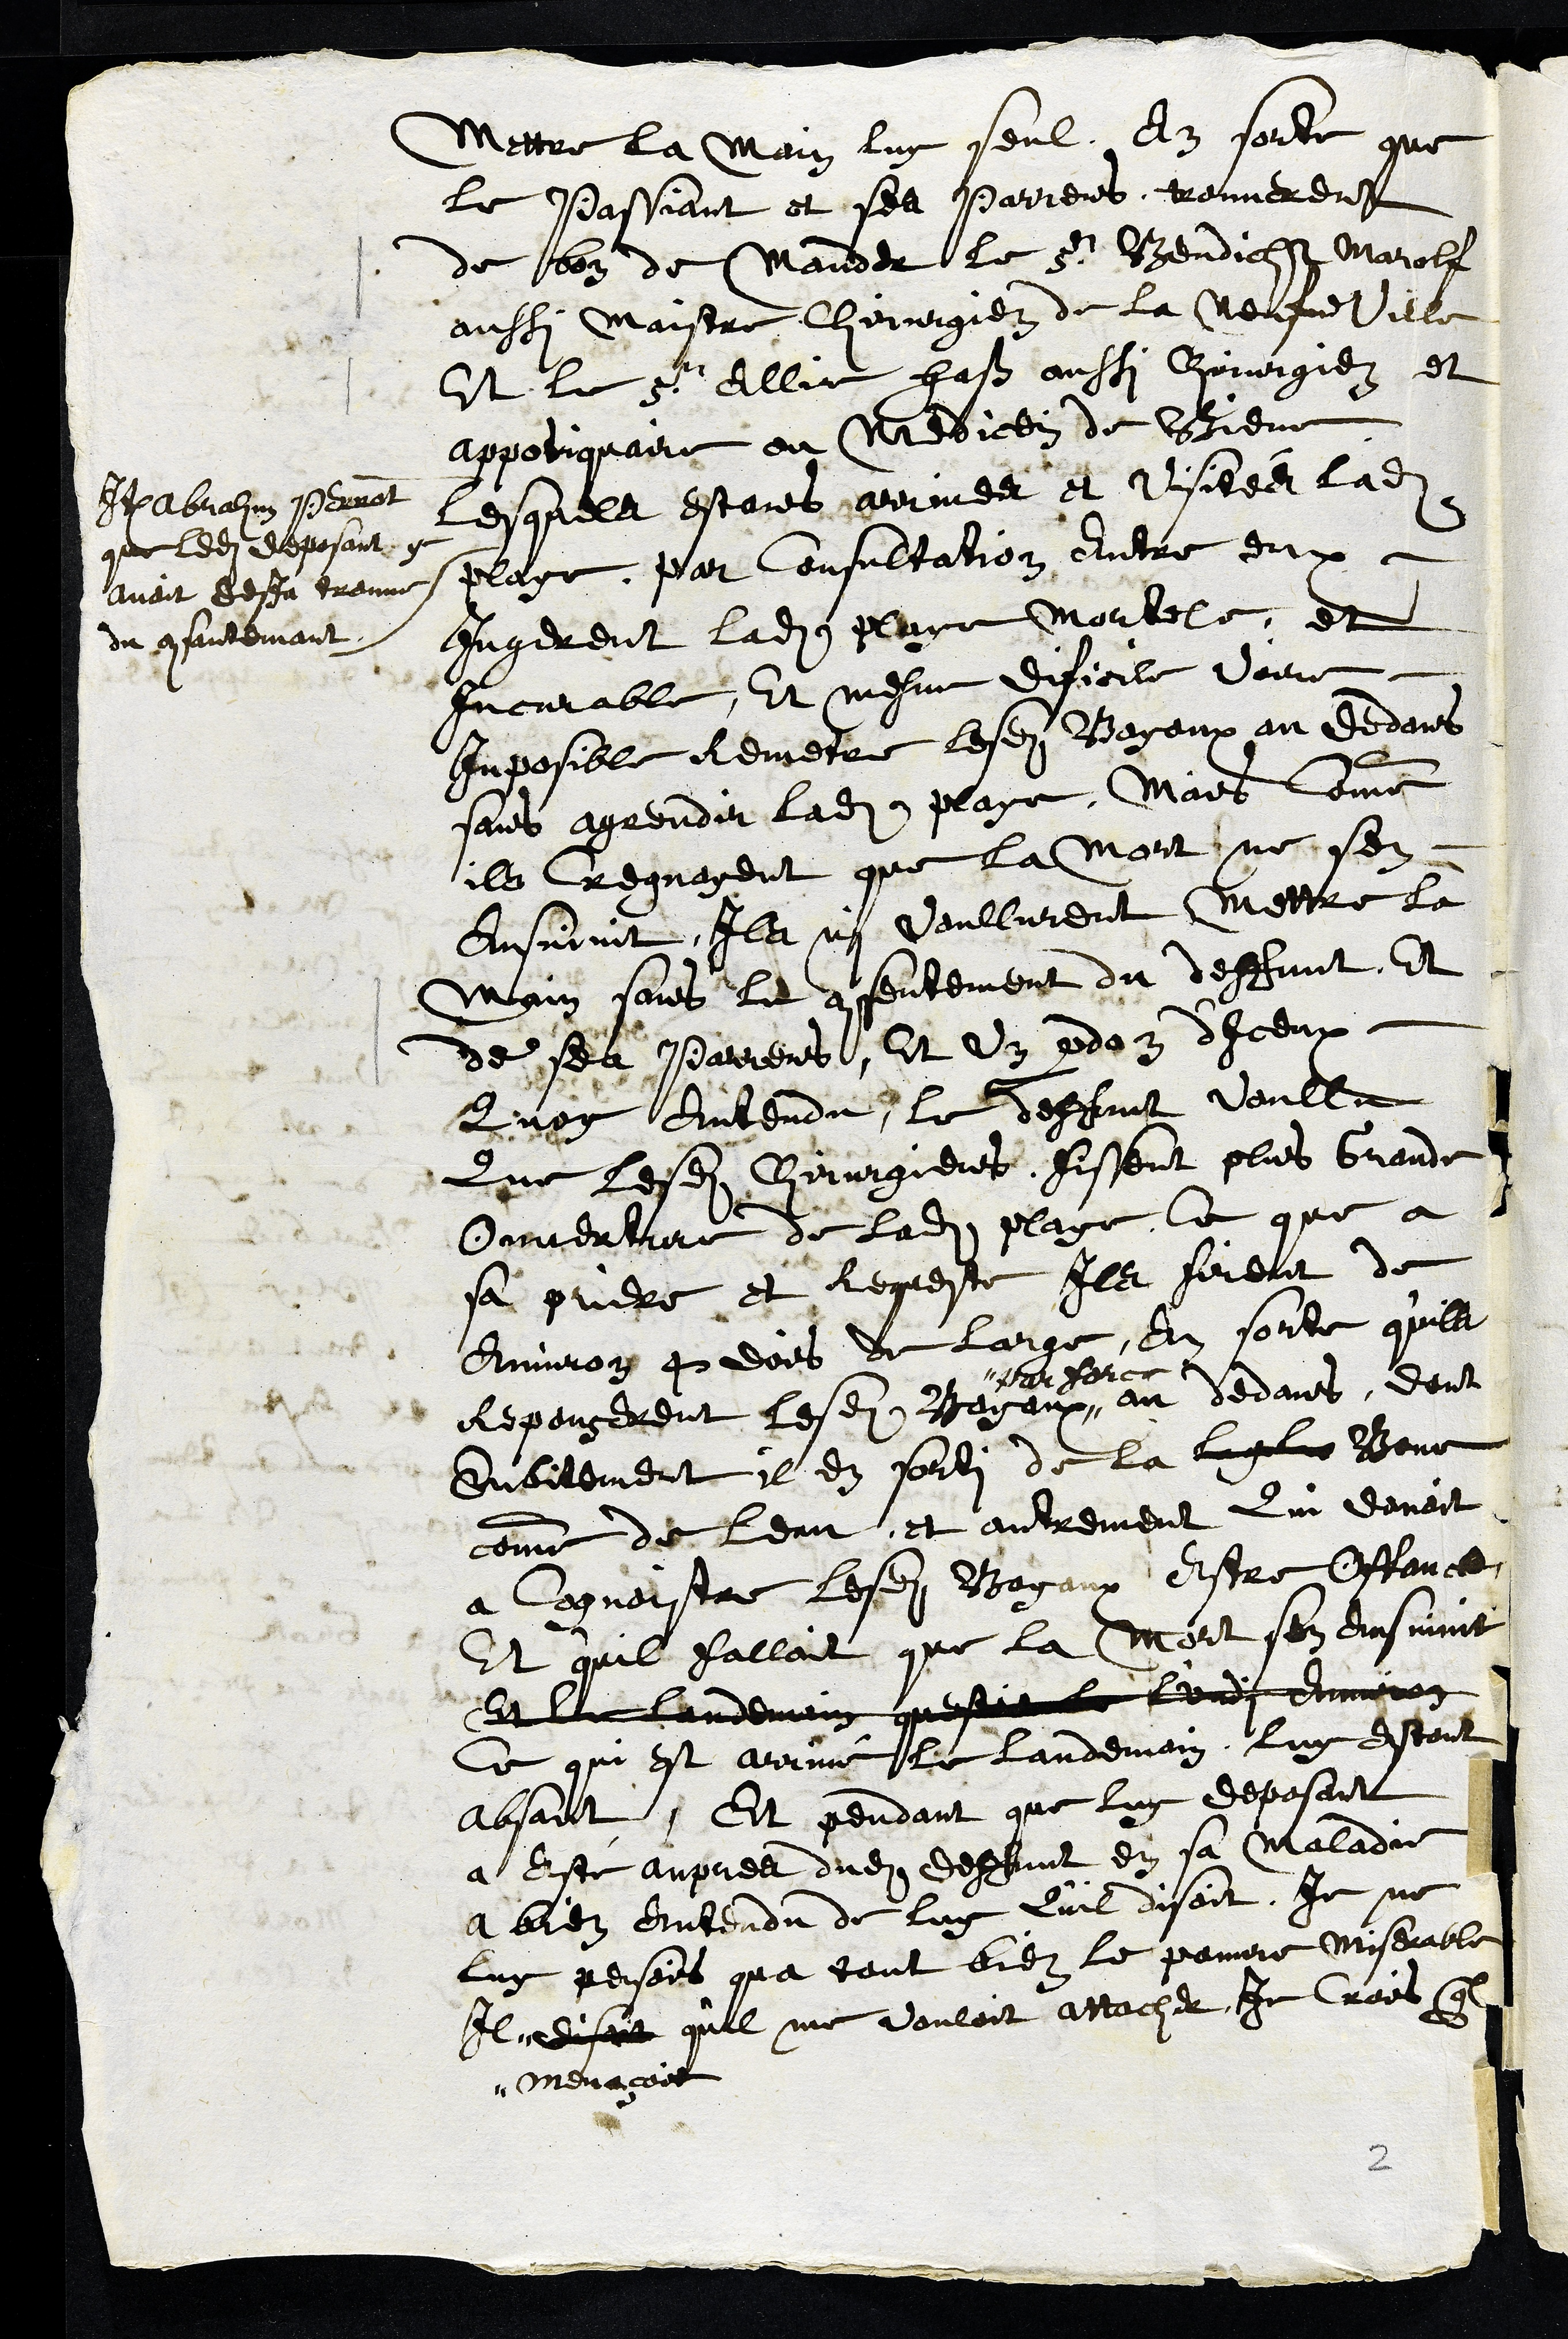
Mettre la main luy seul En sorte que
le Passiant et ses parrens trouverent
de bon de Mander le sr Bendicht Marolf
aussi maistre chirurgien de la Neufveville
Et le sr  Allir Haß aussi chirurgien et
appotiquaire ou Medicein de Biene
Item Abrahm Perrot
que ledit deposant
avoit desja trouve
du consantemant
Lesquels estant arrives et visités ladite
playe, par Consultation Entre eux
Jugerent ladite playe Mortele, et
Incurable, Et mesme dificile voire
Inposible Remetre lesdits Boyaux au dedans
sans agrendir ladite playe, Mais comme
ils Cregnoyent que la mort, ne sen
Ensuivit, Ils ni voullurent mettre la
Main sans la consentement du deffunt, Et
de ses Parrens, Et un pardon d'Iceux
Quoy Entendu, le deffunt voullu
Que lesdits Chirurgiens fissent plus Grande
Ouverture de ladite playe, Ce que a
sa priere et Requeste Ils firent de
environ 4 dois de large, En sorte qu'ils
Repouserent lesdits Boyaux #
# par force
au dedans, dont
Subitement il en sorti de la Boue
comme de leau et autrement Qui donoit
a Cognoistre lesdits Boyaux Estre Offances
Et quil falloit que la Mort sen Ensuivit
Et le landemain questoit le lundi Environ
Ce qui est arrivé le Landemain luy estant
absant, Et pendant que luy deposant
a Esté aupres dudit deffunt en sa maladie
a bien Entendu de luy Qu'il disoit, Je ne
luy pensois qua tout bien le pauvre miserable
Il #
# menaçoit
disoit quil me vouloit attacher Je crois quil
2